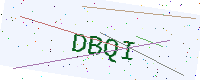
Text: DBQI